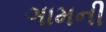
ઞામની